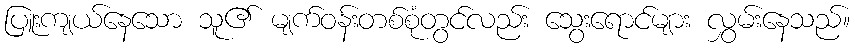
ပြူးကျယ်နေသော သူ၏ မျက်ဝန်းတစ်စုံတွင်လည်း သွေးရောင်များ လွှမ်းနေသည်။